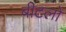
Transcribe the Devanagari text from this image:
बीटलों